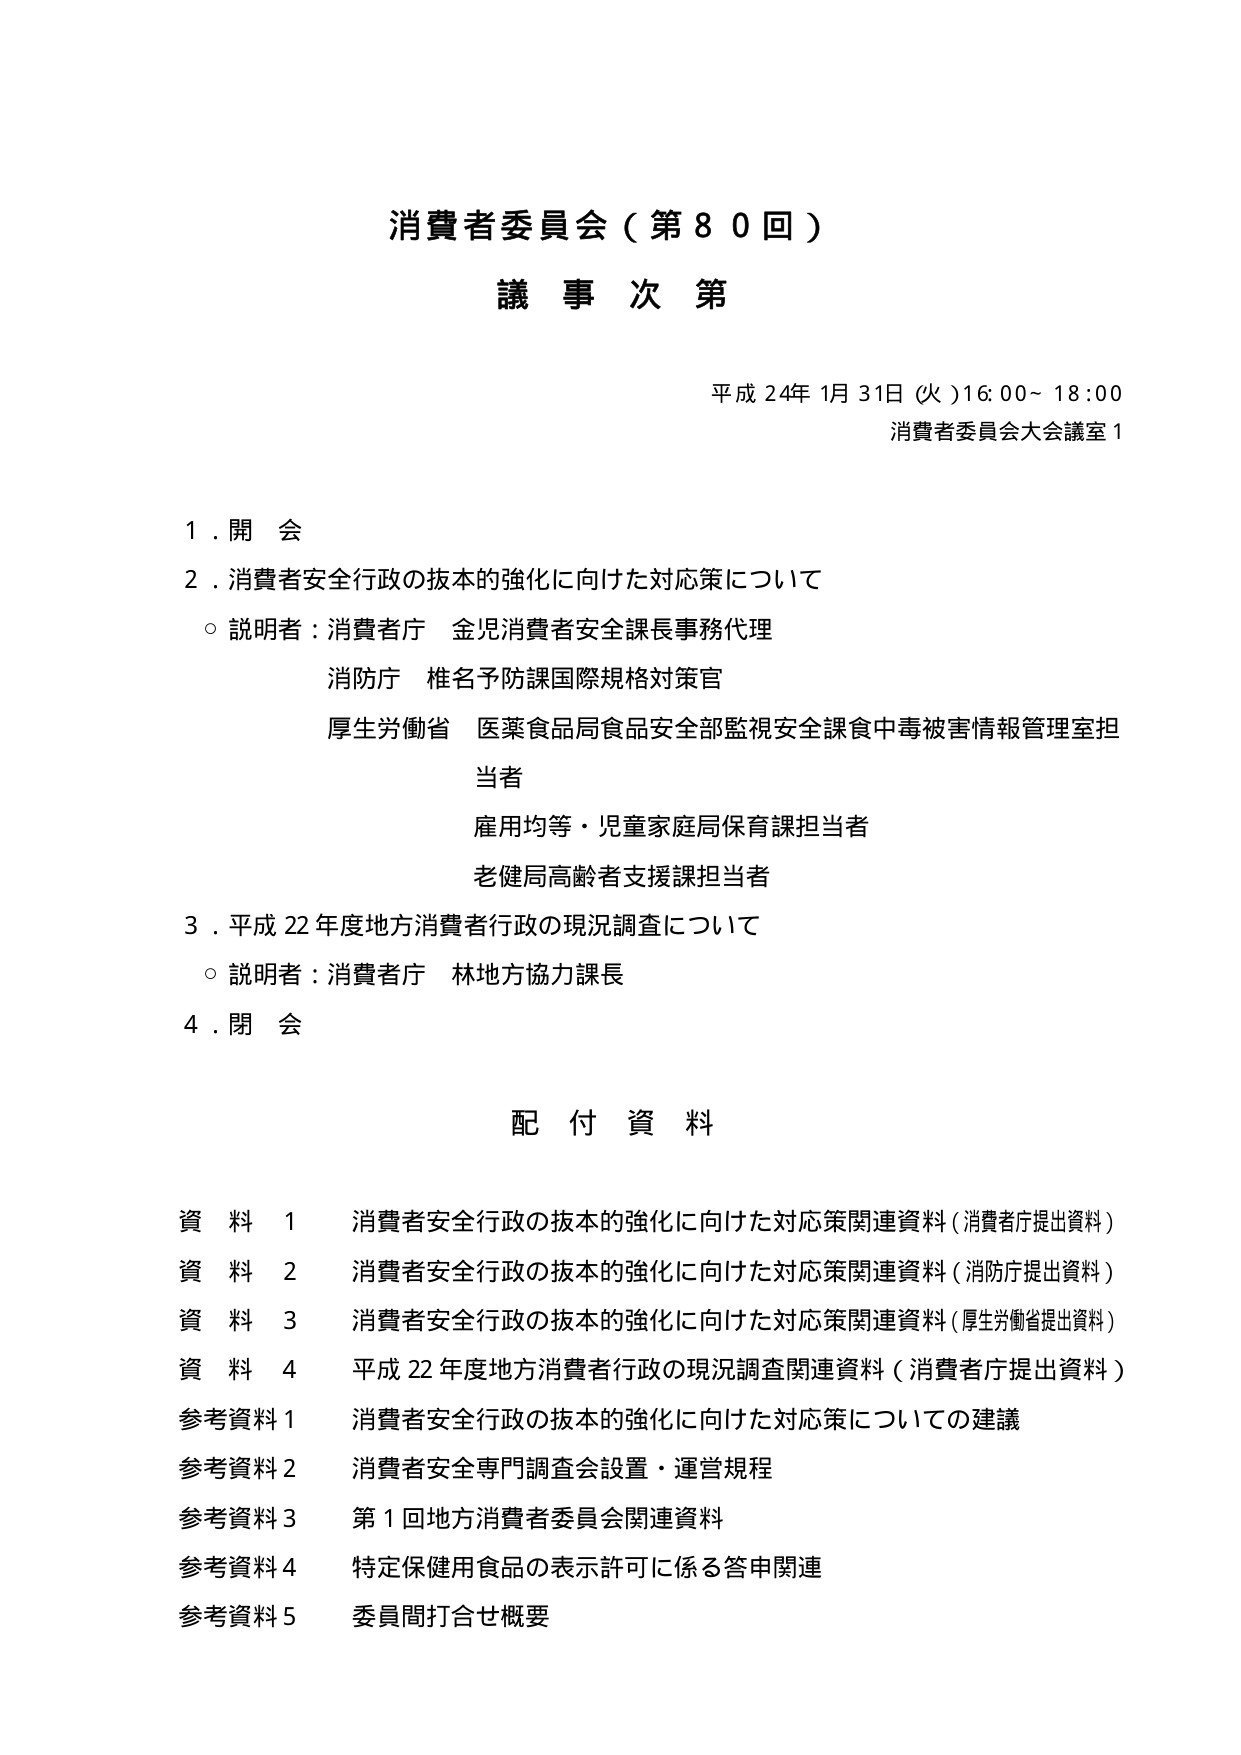
消費者委員会（第80回）
議事次第

平成24年1月31日（火）16:00～18:00
消費者委員会大会議室1

1．開会
2．消費者安全行政の抜本的強化に向けた対応策について
　○ 説明者：消費者庁 金児消費者安全課長事務代理
　　　　　消防庁 椎名予防課国際規格対策官
　　　　　厚生労働省 医薬食品局食品安全部監視安全課食中毒被害情報管理室担当者
　　　　　雇用均等・児童家庭局保育課担当者
　　　　　老健局高齢者支援課担当者
3．平成22年度地方消費者行政の現況調査について
　○ 説明者：消費者庁 林地方協力課長
4．閉会

配付資料

資料1　消費者安全行政の抜本的強化に向けた対応策関連資料（消費者庁提出資料）
資料2　消費者安全行政の抜本的強化に向けた対応策関連資料（消防庁提出資料）
資料3　消費者安全行政の抜本的強化に向けた対応策関連資料（厚生労働省提出資料）
資料4　平成22年度地方消費者行政の現況調査関連資料（消費者庁提出資料）
参考資料1　消費者安全行政の抜本的強化に向けた対応策についての建議
参考資料2　消費者安全専門調査会設置・運営規程
参考資料3　第1回地方消費者委員会関連資料
参考資料4　特定保健用食品の表示許可に係る答申関連
参考資料5　委員間打合せ概要